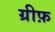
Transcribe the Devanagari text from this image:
ग्रीफ़